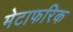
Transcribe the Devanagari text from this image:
मेटाफरिक